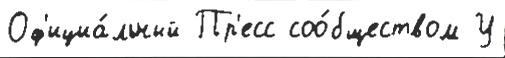
Оф'ициа́льный Пр'есс соо́бществом У